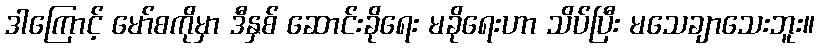
ဒါကြောင့် မော်စကိုမှာ ဒီနှစ် ဆောင်းခိုရေး မခိုရေးဟာ သိပ်ပြီး မသေချာသေးဘူး။